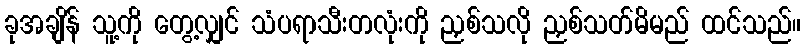
ခုအချိန် သူ့ကို တွေ့လျှင် သံပရာသီးတလုံးကို ညှစ်သလို ညှစ်သတ်မိမည် ထင်သည်။